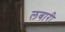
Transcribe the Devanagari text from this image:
लबारी